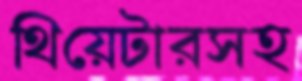
থিয়েটারসহ